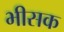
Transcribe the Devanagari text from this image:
भीसक